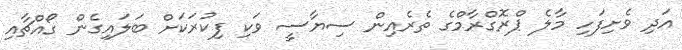
އަދި ވެށިފަހި މާލެ ޕްރޮގްރާމްގެ ތެރެއިން ސިޔާސީ ވަކި ފިކުރަކަށް ބަލައިގެން ގޯއްޗާއި